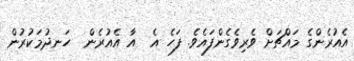
އެއުރެންގެ މައްޗަށް ވެރިވެގެންފައެވެ. ފަހެ އެ  އާ އެއުރެން  ހަނދުމަކުރުން